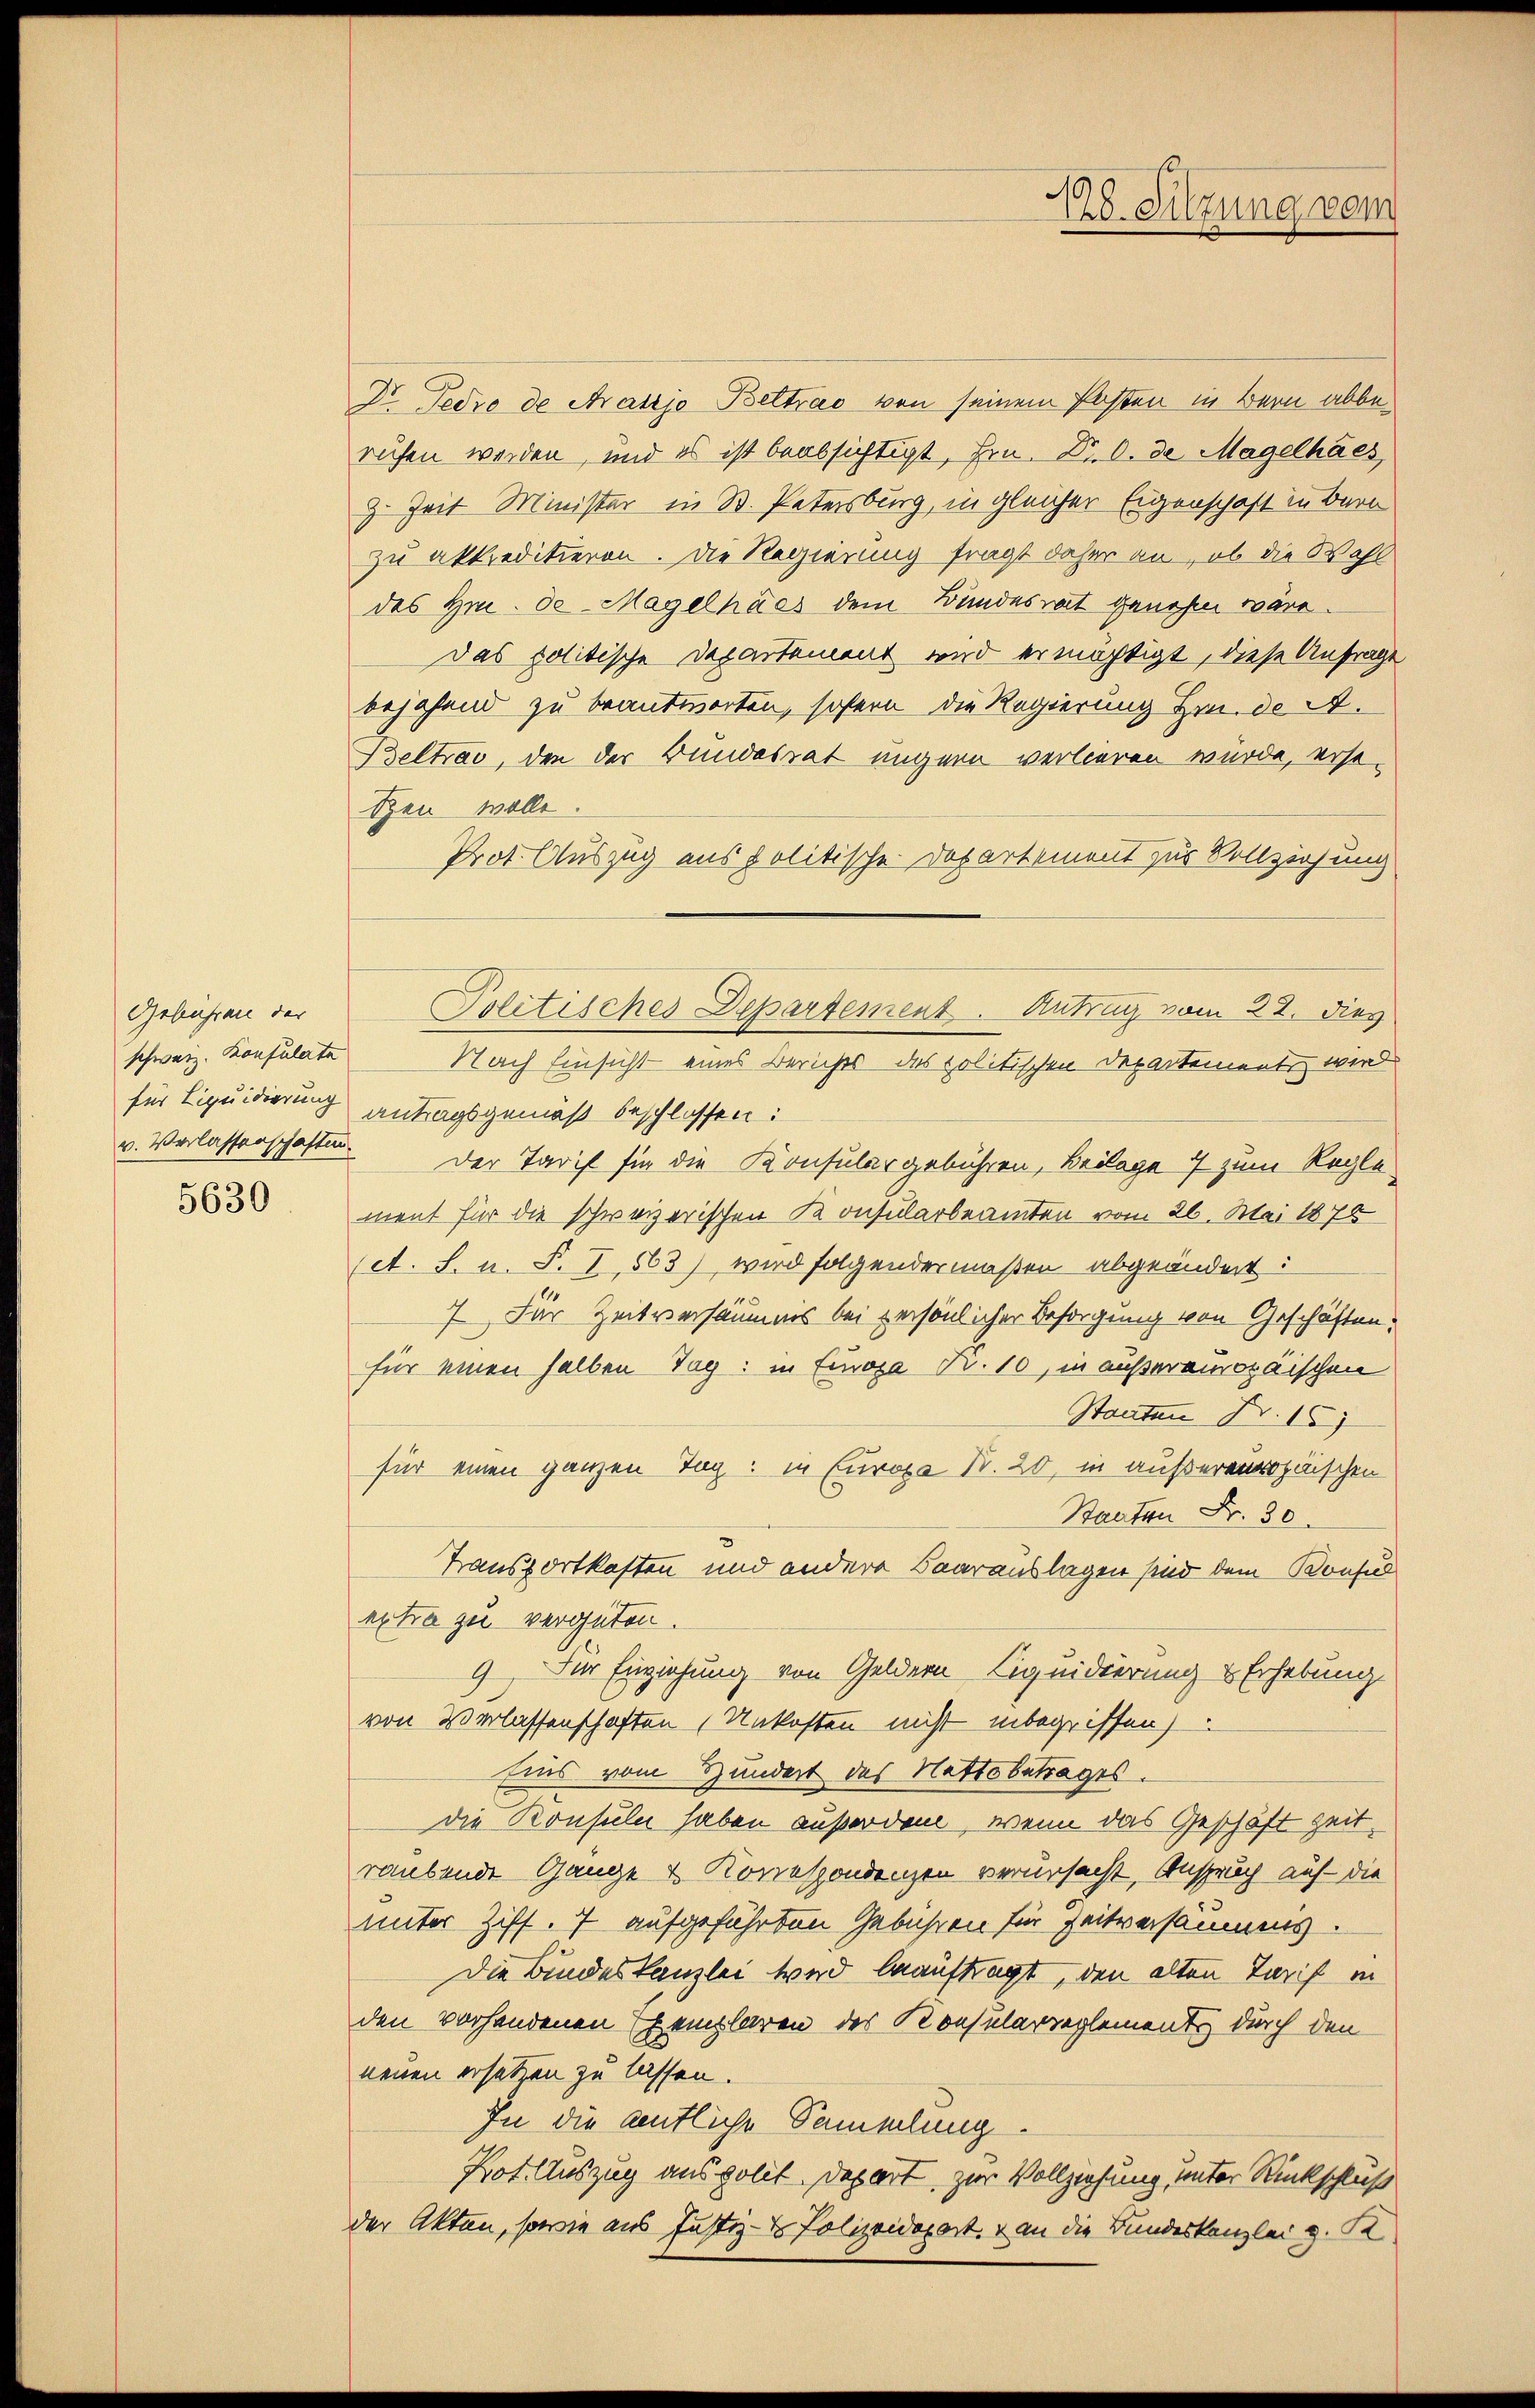
Gebühren der
schweiz. Konsulate

5630

Dr. Tedre de Araszjo Beltrao von seinem Posten in Bern abberuhen werden, und es ist beabsichtigt, Hrn. Dr. O. de Magelhaes
z. Zeit Minister in B. Patersburg, in gleicher Eigenschaft in Bern
zu akkreditieren. Die Regierung fragt daher an, ob die Wahl
des Hrn. Se Magelhács dem Bundesrat genehm wäre.
Das politische Departement wird ermächtigt, diese Anfrage
bejahend zu beantworten, sofern die Regierung Hrn. de A.
Beltrac, den der Bundesrat ungern verlieren wurde, erstten wolle.
Prot. Auszug aus politische Departement zur Vollziehung
für Liquidierung antragsgemäß beschlossen:
v. Verlassenschaften der Tarif für die Konsular gebühren, Beilage 4 zum Regle
ment für die schweizerischen Konsularbeamten vom 26. Mai 1878
(A. F. u. S. I, 563) wird folgendermaßen abgeändert:
7. Für Zeitversäumnis bei persönlicher Besorgung von Geschäften:
für einen halben Tag: in Finoza Nr. 10, in außeramosaischen
Staaten Nr. 15
für einen ganzen Tag: in Europa Nr. 20, in außerenropäischen
Staaten Fr. 30.
Transportkasten und andere Baarauslagen sind dem Konsul
extra zu vergüten.
9) Für Einziehung von Geldern Liquidierung & Erhebung
von Verlassenschaften Unkosten nicht inbegriffen)
Eins vom Hundert des Nettobetrages.
die Konsuln haben außerden, wenn das Geschäft zeit,
raubende Gange & Korrespondenzen verursacht, Anspruch auf die
unter Ziff. 7 aufgeführten Gebühren für Zeitversäumnis.
Die Bundeskanzlei wird beauftragt, den alten Tarif in
den vorhandenen Exemplaren des Konsularreglement durch den
neuen ersetzen zu lassen.
In die amtliche Sammlung
Not. Auszug aus polit. Depart, zur Vollziehung, unter Rückschluß
der Akten, sowie aus Justiz- & Polizeidepart. 1 an die Bundeskanzlei v. K

Politisches Departement. Antrag vom 22. Dies
Nach Einsicht eines Berichts des politischen Departementen wird

128. Sitzung vom